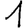
Digit: 1